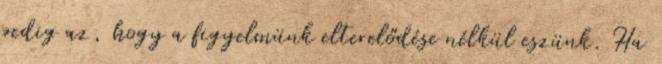
pedig az, hogy a figyelmünk elterelődése nélkül eszünk. Ha